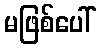
မဖြစ်ပေါ်